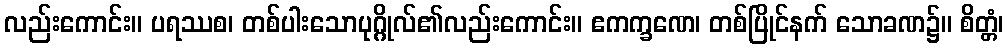
လည်းကောင်း။ ပရဿစ၊ တစ်ပါးသောပုဂ္ဂိုလ်၏လည်းကောင်း။ ဧကက္ခဏေ၊ တစ်ပြိုင်နက် သောခဏ၌။ စိတ္တံ၊